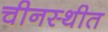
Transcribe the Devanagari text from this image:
चीनस्थीत